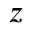
z